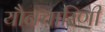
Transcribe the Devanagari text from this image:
यौनचारिणी